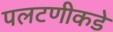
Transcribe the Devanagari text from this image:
पलटणीकडे